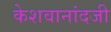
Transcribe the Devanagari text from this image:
केशवानांदजी